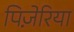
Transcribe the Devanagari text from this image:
पिज़ेरिया